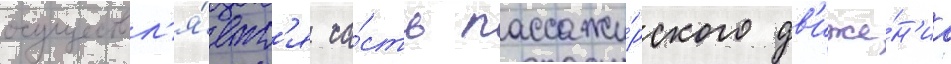
осуществл'я́етс'я ча́сть пассажи́рского дв'иже́н'иа